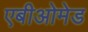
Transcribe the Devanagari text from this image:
एबीओमेड